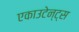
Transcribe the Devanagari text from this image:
एकाउटेन्ट्स